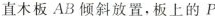
A直木板AB倾斜放置，板上的P